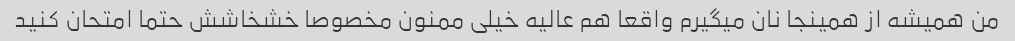
من همیشه از همینجا نان میگیرم واقعا هم عالیه خیلی ممنون مخصوصا خشخاشش حتما امتحان کنید